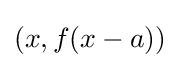
(x,f(x-a))